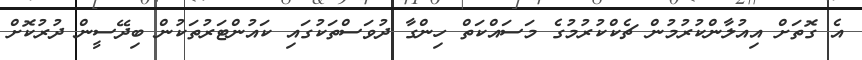
އެ ގޮތަށް އިއުލާންކުރުމުން ޗެކްކުރުމުގެ މަސައްކަތް ހިންގާ ދުވަސްތަކުގައި ކައުންޓަރުތަކުން ބިދޭސީން ދުރުކޮށް